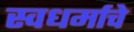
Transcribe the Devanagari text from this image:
स्वधर्माचे